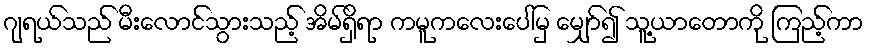
ဂျရယ်သည် မီးလောင်သွားသည့် အိမ်ရှိရာ ကမူကလေးပေါ်မှ မျှော်၍ သူ့ယာတောကို ကြည့်ကာ